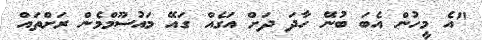
"އެ މީހުން އެބަ ބުނޭ ހާދަ ދަށް އަގެއް ގައޭ މައުސޫމްމެން ރަށްތައް